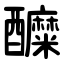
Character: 醾